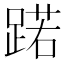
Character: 蹃